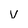
Character: v